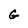
Character: G